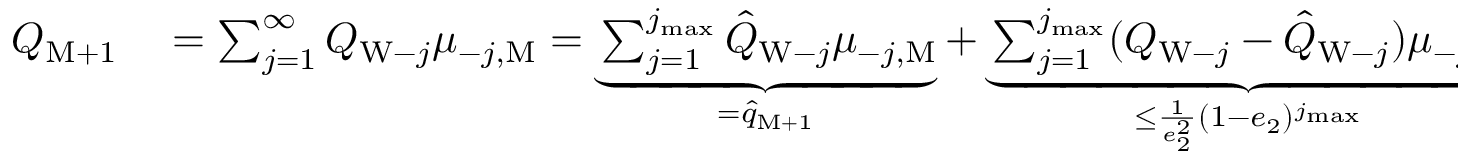
\begin{array} { r l } { Q _ { \mathrm { M } + 1 } } & { { } = \sum _ { j = 1 } ^ { \infty } Q _ { \mathrm { W } - j } \mu _ { - j , \mathrm { M } } = \underbrace { \sum _ { j = 1 } ^ { j _ { \operatorname* { m a x } } } \hat { Q } _ { \mathrm { W } - j } \mu _ { - j , \mathrm { M } } } _ { = \hat { q } _ { \mathrm { M } + 1 } } + \underbrace { \sum _ { j = 1 } ^ { j _ { \operatorname* { m a x } } } ( Q _ { \mathrm { W } - j } - \hat { Q } _ { \mathrm { W } - j } ) \mu _ { - j , \mathrm { M } } } _ { \le \frac { 1 } { e _ { 2 } ^ { 2 } } ( 1 - e _ { 2 } ) ^ { j _ { \operatorname* { m a x } } } } + \underbrace { \sum _ { j = j _ { \operatorname* { m a x } } + 1 } ^ { \infty } \hat { Q } _ { \mathrm { W } - j } \mu _ { - j , \mathrm { M } } } _ { \le \frac { 1 } { e _ { 2 } ^ { 2 } } ( 1 - e _ { 2 } ) ^ { j _ { \operatorname* { m a x } } } } } \end{array}